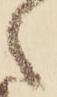
く